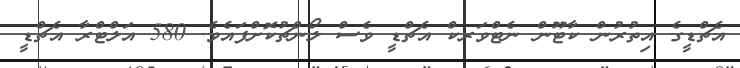
އެޗްޑީގެ އިތުރުން ކާޓޫން ނެޓްވަރކް އެޗްޑީ ވެސް ލޯންޗުކޮށްފައެވެ. 580 އަލްޓްރާ އެޗްޑީ